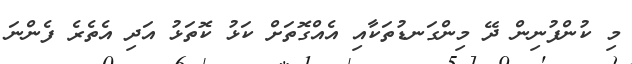
މި ކުންފުނިން ދޭ މިންގަނޑުތަކާއި އެއްގޮތަށް ކަޅު ކޮތަޅު އަދި އެތެރެ ފެންނަ